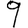
Digit: 9